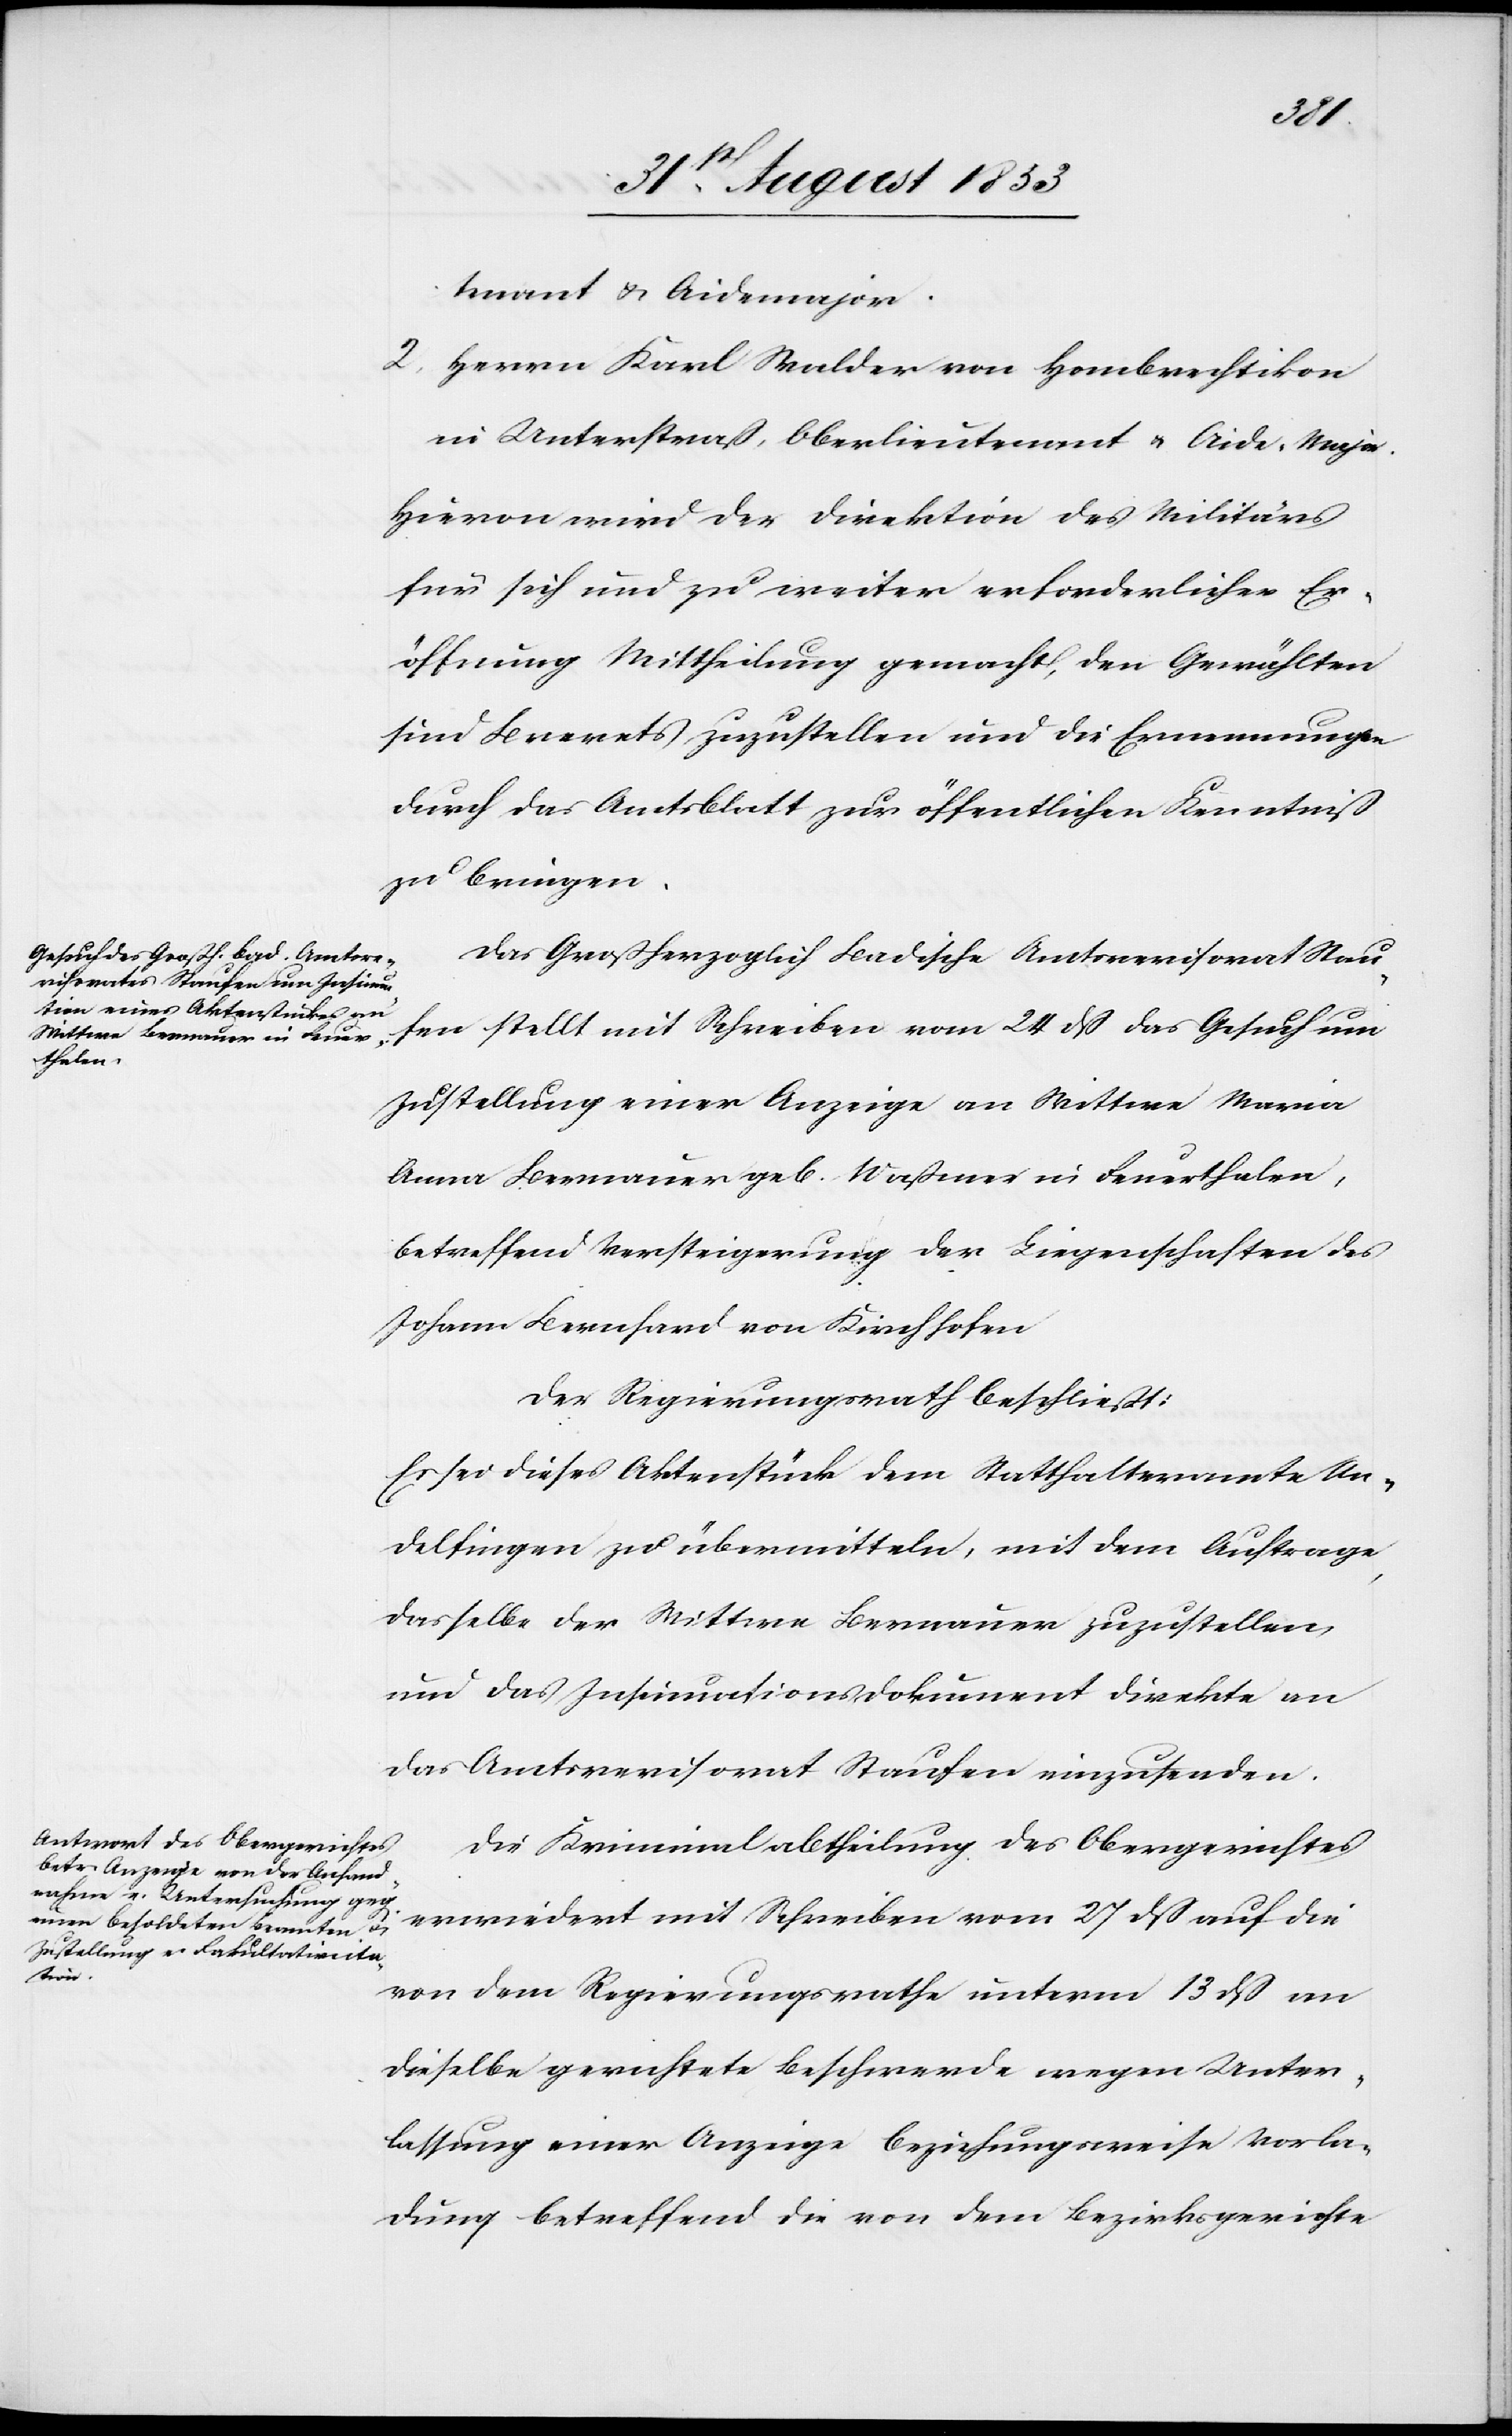
das
tnant u. Aidemajor.
2, Herrn Karl Walder von Hombrechtikon
in Unterstraß, Oberlieutnant-Aide-Major.
Hievon wird der Direktions des Militär¬
s sich und zu weiter erforderlicher er¬
öffnung Mittheilung gemacht, den Gewählten
sind Brevets zuzustellen und die Ernennungen
durch das Amtsblatt zur öfffentlichen Kenntniß
zu bringen.
Das Großherzoglich Badische Amtsrevisorat Stau¬
Zustellung einer Anzeige an Wittwe Maria
Anna Bernauer geb. Waßmer in Feuerthalen,
betreffend Versteigerung der Liegenschaften des
Johann Bernhard von Kirschhofen
Der Regierungsrath beschließt:
Es sei dieses Aktenstück dem Statthalteramte An¬
delfingen zu übermitteln, mit dem Auftrage,
dasselbe der Wittwe Bernauer zuzustellen,
und das Insinuationsdokument direkte an
das Amtsrevisorat Staufen einzusenden.
Die Kriminalabtheilung des Obergerichtes
erwiedert mit Schreiben vom 27 dß auf die
Gesuch
von dem Regierungsrathe unterm 13 dß an
dieselbe gerichtete Beschwerde wegen Unter¬
lassung einer Anzeige beziehungsweise Vorla¬
dung betreffend die von dem Bezirksgerichte